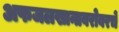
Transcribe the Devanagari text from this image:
अफजलखानाबरोबरचे